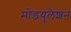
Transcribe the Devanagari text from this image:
मोडयुलेशन